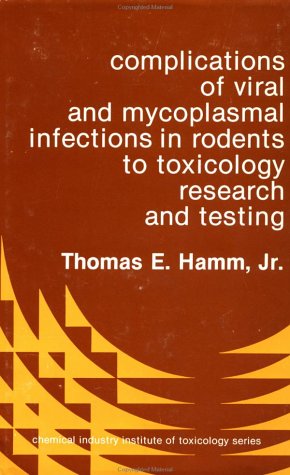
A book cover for Complications of Viral & Mycoplasmal Infections in Rodents to Toxicology Research & Testing (Chemical Industry Institute of Toxicology Series); Medical Books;